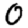
Digit: 0